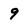
Character: 9